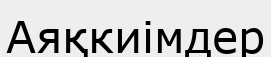
Аяқкиімдер